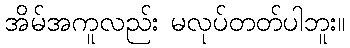
အိမ်အကူလည်း မလုပ်တတ်ပါဘူး။